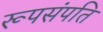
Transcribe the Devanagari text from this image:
रूपसंपति